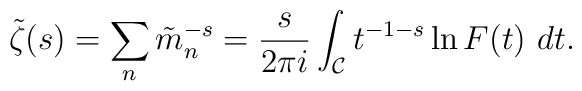
\tilde\zeta(s)= \sum_n \tilde m_n^{-s}=   {s\over 2\pi i}\int_{\cal C} t^{-1-s}\ln F(t)\ dt.